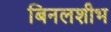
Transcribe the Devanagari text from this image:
बिनलशीभ